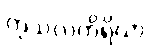
ကုသလကိရိယာ